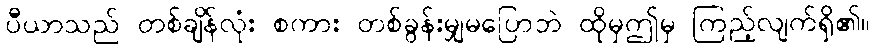
ပီယာသည် တစ်ချိန်လုံး စကား တစ်ခွန်းမျှမပြောဘဲ ထိုမှဤမှ ကြည့်လျက်ရှိ၏။